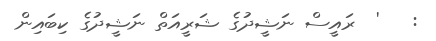
:   '  ރައީސް ނަޝީދުގެ ޝަރީއަތް ނަޝީދުގެ ކިބައިން